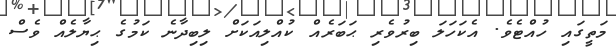
މަތީގައި ހުއްޓެވެ. އެކަހަލަ ބިރުވެރި ޙަބަރެއް ކުއްލިއަކަށް ލިބިދާނެ ކަމުގެ ޙިޔާލެއް ވެސް